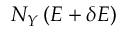
N _ { Y } \left( E + \delta E \right)